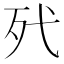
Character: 𣧆